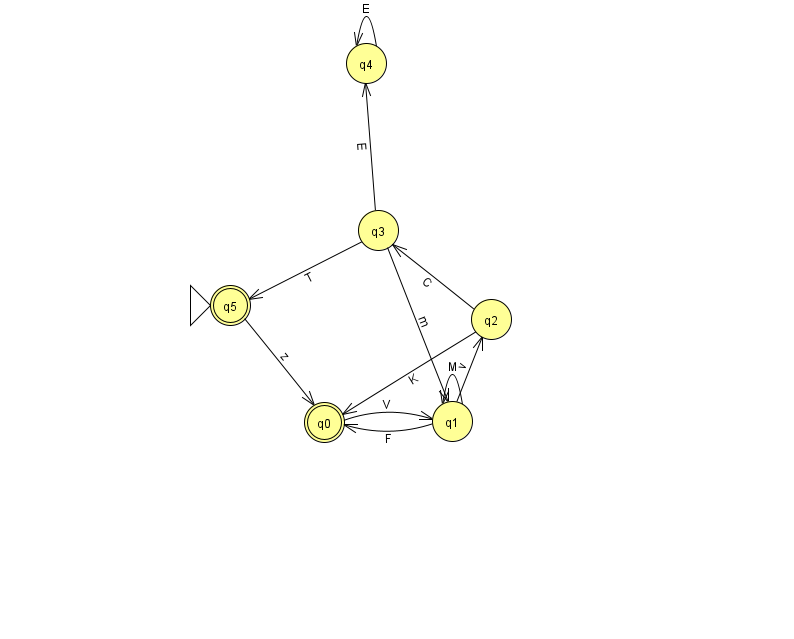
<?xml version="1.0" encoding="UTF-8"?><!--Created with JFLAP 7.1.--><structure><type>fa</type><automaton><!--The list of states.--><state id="0" name="q0"><x>324.0</x><y>409.0</y><final/></state><state id="1" name="q1"><x>452.0</x><y>408.0</y></state><state id="2" name="q2"><x>491.0</x><y>306.0</y></state><state id="3" name="q3"><x>378.0</x><y>217.0</y></state><state id="4" name="q4"><x>366.0</x><y>50.0</y></state><state id="5" name="q5"><x>230.0</x><y>292.0</y><initial/><final/></state><!--The list of transitions.--><transition><from>0</from><to>1</to><read>V</read></transition><transition><from>1</from><to>0</to><read>F</read></transition><transition><from>3</from><to>4</to><read>E</read></transition><transition><from>3</from><to>5</to><read>T</read></transition><transition><from>2</from><to>0</to><read>K</read></transition><transition><from>4</from><to>4</to><read>E</read></transition><transition><from>3</from><to>1</to><read>m</read></transition><transition><from>1</from><to>1</to><read>M</read></transition><transition><from>1</from><to>2</to><read>v</read></transition><transition><from>2</from><to>3</to><read>C</read></transition><transition><from>5</from><to>0</to><read>z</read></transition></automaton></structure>